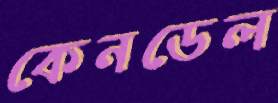
কেনডেল